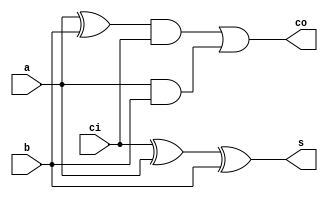
module add1_112(a, b, ci, s, co);

input a, b, ci;
output s, co;

assign s = ci ^ a ^ b;
assign co = (a ^ b) & ci | a & b;

endmodule